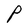
Character: P